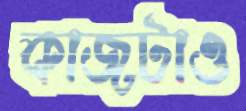
কাজটাও